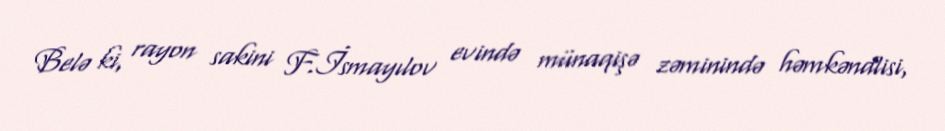
Belə ki, rayon sakini F.İsmayılov evində münaqişə zəminində həmkəndlisi,